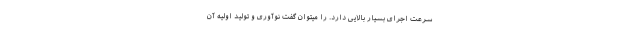
سرعت اجرای بسیار بالایی دارد. را میتوان گفت نوآوری و تولید اولیه آن